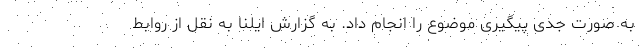
به صورت جدی پیگیری موضوع را انجام داد. به گزارش ایلنا به نقل از روابط